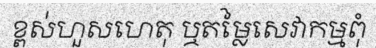
ខ្ពស់ហួសហេតុ ឬតម្លៃសេវាកម្មពុំ